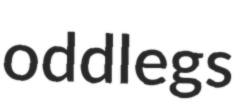
oddlegs